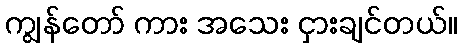
ကျွန်တော် ကား အသေး ငှားချင်တယ်။